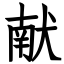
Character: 献